Indian journal of veterinary science and animal husbandry - Volume 12,
Year: 1942
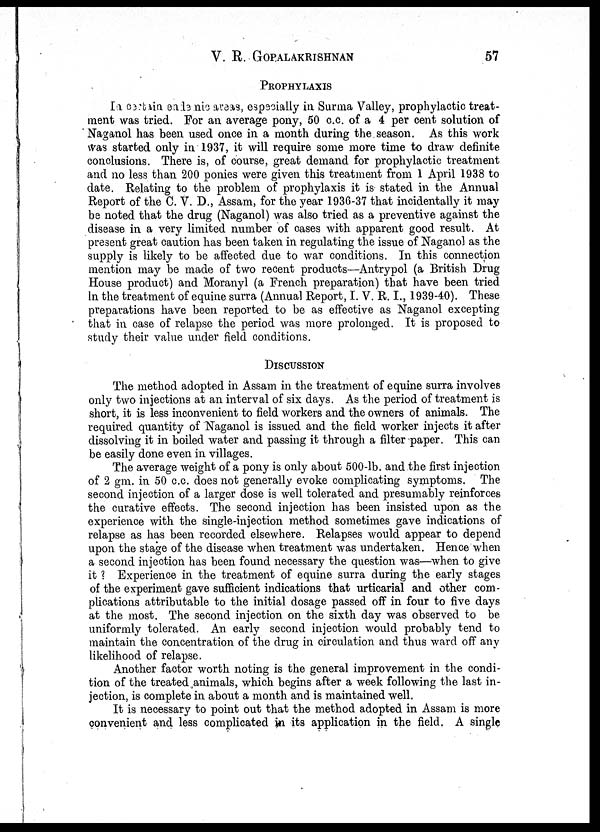
V. R. GOPALAKRISHNAN
57
PROPHYLAXIS
In certain enbemic areas, espscially in Surma Valley, prophylactic treat-
ment was tried. For an average pony, 50 c.c. of a 4 per cent solution of
Naganol has been used once in a month during the season. As this work
was started only in 1937, it will require some more time to draw definite
conclusions. There is, of course, great demand for prophylactic treatment
and no less than 200 ponies were given this treatment from 1 April 1938 to
date. Relating to the problem of prophylaxis it is stated in the Annual
Report of the C. V. D., Assam, for the year 1936-37 that incidentally it may
be noted that the drug (Naganol) was also tried as a preventive against the
disease in a very limited number of cases with apparent good result. At
present great caution has been taken in regulating the issue of Naganol as the
supply is likely to be affected due to war conditions. In this connection
mention may be made of two recent products—Antrypol (a British Drug
House product) and Moranyl (a French preparation) that have been tried
In the treatment of equine surra (Annual Report, I. V. R. I., 1939-40). These
preparations have been reported to be as effective as Naganol excepting
that in case of relapse the period was more prolonged. It is proposed to
study their value under field conditions.
DISCUSSION
The method adopted in Assam in the treatment of equine surra involves
only two injections at an interval of six days. As the period of treatment is
short, it is less inconvenient to field workers and the owners of animals. The
required quantity of Naganol is issued and the field worker injects it after
dissolving it in boiled water and passing it through a filter-paper. This can
be easily done even in villages.
The average weight of a pony is only about 500-lb. and the first injection
of 2 gm. in 50 c.c. does not generally evoke complicating symptoms. The
second injection of a larger dose is well tolerated and presumably reinforces
the curative effects. The second injection has been insisted upon as the
experience with the single-injection method sometimes gave indications of
relapse as has been recorded elsewhere. Relapses would appear to depend
upon the stage of the disease when treatment was undertaken. Hence when
a second injection has been found necessary the question was—when to give
it ? Experience in the treatment of equine surra during the early stages
of the experiment gave sufficient indications that urticarial and other com-
plications attributable to the initial dosage passed off in four to five days
at the most. The second injection on the sixth day was observed to be
uniformly tolerated. An early second injection would probably tend to
maintain the concentration of the drug in circulation and thus ward off any
likelihood of relapse.
Another factor worth noting is the general improvement in the condi-
tion of the treated animals, which begins after a week following the last in-
jection, is complete in about a month and is maintained well.
It is necessary to point out that the method adopted in Assam is more
convenient and less complicated in its application in the field. A single